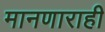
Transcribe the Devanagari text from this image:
मानणाराही